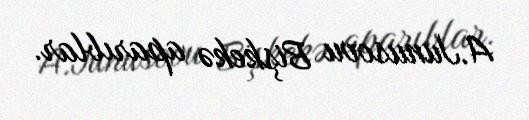
A.Junusovu Bişkekə aparıblar.